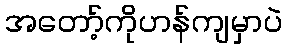
အတော့်ကိုဟန်ကျမှာပဲ